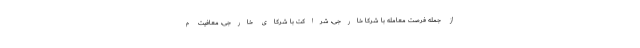
از جمله فرصت معامله با شرکا خارجی، شراکت با شرکای خارجی، معافیت م